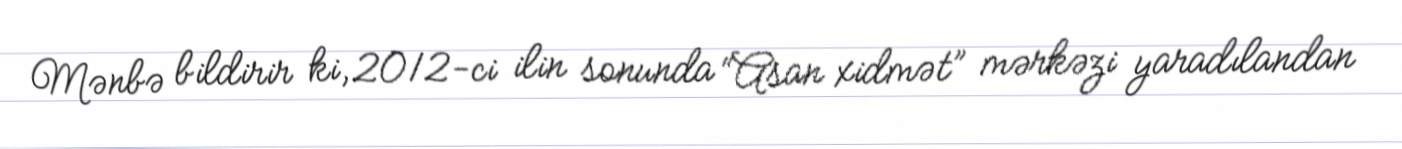
Mənbə bildirir ki, 2012-ci ilin sonunda “Asan xidmət” mərkəzi yaradılandan